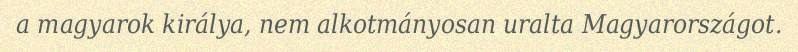
a magyarok királya, nem alkotmányosan uralta Magyarországot.